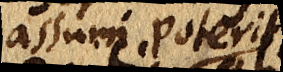
assumi poterit